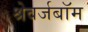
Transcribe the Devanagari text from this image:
श्रेवर्जबॉम